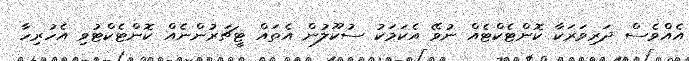
އެއްވެސް ދަރިވަރަކާ ކޮންޓެކްޓެއް ނުވޭ އެކަމަކު ސުކޫލުން އެތައް ޓީޗަރުންނެއް ކޮންޓެކްޓުވި އެހުރިހާ